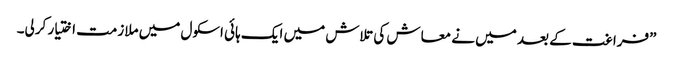
”فراغت کے بعد میں نے معاش کی تلاش میں ایک ہائی اسکول میں ملازمت اختیار کرلی۔